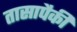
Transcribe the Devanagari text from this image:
तासापैकी